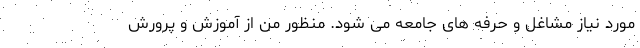
مورد نیاز مشاغل و حرفه های جامعه می شود. منظور من از آموزش و پرورش